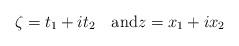
LaTeX: \begin{align*} \zeta = t_1+it_2\quad\mbox{and}z = x_1+ix_2\end{align*}